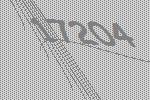
17204